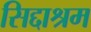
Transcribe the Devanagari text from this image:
सिद्दाश्रम